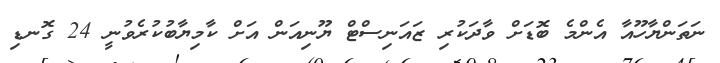
ނަތަންޔާހޫއާ އެންމެ ބޮޑަށް ވާދަކުރި ޒައަނިސްޓް ޔޫނިއަން އަށް ކާމިޔާބުކުރެވުނީ 24 ގޮނޑި